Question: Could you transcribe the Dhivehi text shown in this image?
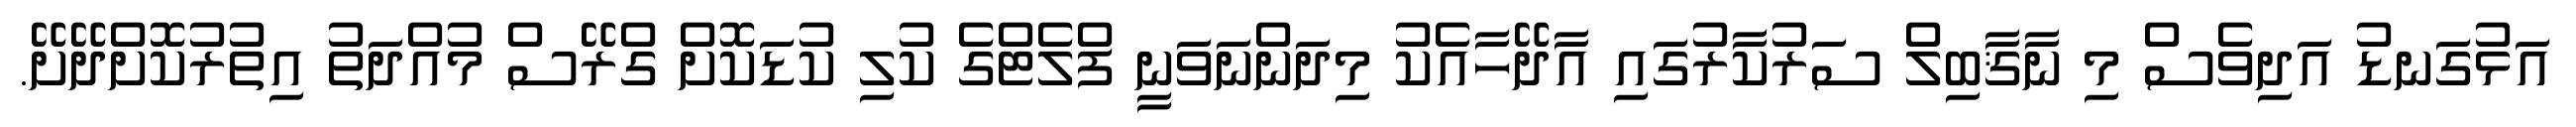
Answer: އަޅުގަނޑު އަދިވެސް މި ނާޤާބިލް ސަރުކާރުގައި އާދޭހާއެކު މިދަންނަވަނީ ފްލެޓްގެ ކުލި ކުޑަކޮށް ގްރޭސް މުއްދަތު އިތުރުކޮށްދޭށޭ.